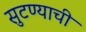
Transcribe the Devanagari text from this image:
सुटण्याची